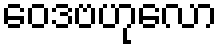
ဝေဒဗဟုလော